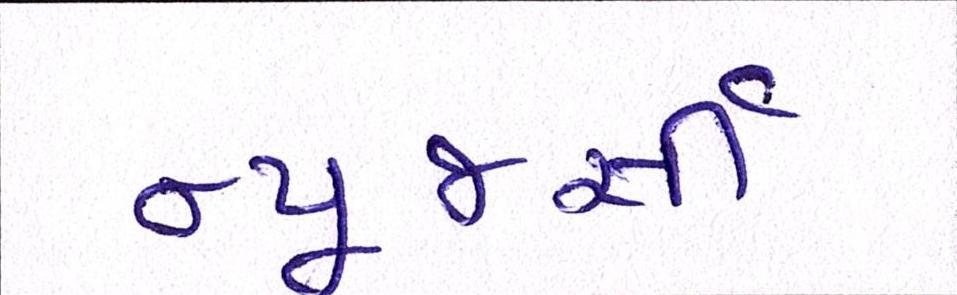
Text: ન્યૂજર્સી